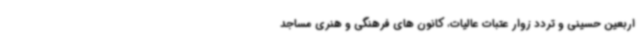
اربعین حسینی و تردد زوار عتبات عالیات، کانون های فرهنگی و هنری مساجد